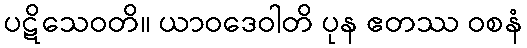
ပဋိသေဝတိ။ ယာဝဒေဝါတိ ပုန ဧတဿ ဝစနံ